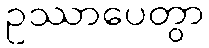
ဥဿာပေတွာ